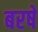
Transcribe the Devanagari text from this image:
बरषे